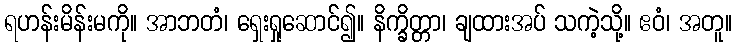
ရဟန်းမိန်းမကို။ အာဘတံ၊ ရှေးရှုဆောင်၍။ နိက္ခိတ္တာ၊ ချထားအပ် သကဲ့သို့။ ဧဝံ၊ အတူ။